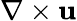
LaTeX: \nabla\times\textbf{u}